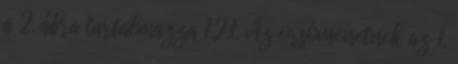
a 2. ábra tartalmazza 1.2.1. Az orsómenetnek az 1.